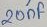
Text: 20µF